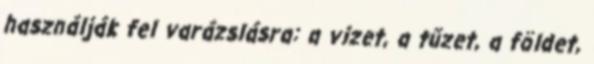
használják fel varázslásra: a vizet, a tűzet, a földet,